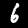
Digit: 6